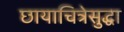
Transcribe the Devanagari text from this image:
छायाचित्रेसुद्धा